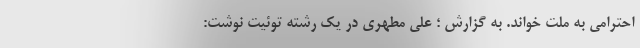
احترامی به ملت خواند. به گزارش ؛ علی مطهری در یک رشته توئیت نوشت: